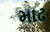
માઢ